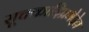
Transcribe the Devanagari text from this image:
सूचकादिप्रभेदेन